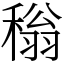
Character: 𬓵